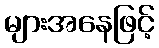
များအနေဖြင့်